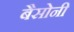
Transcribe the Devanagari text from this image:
बैसोनी